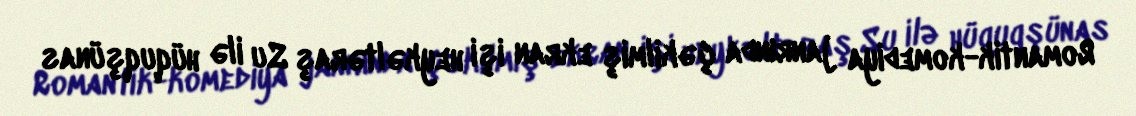
Romantik-komediya janrında çəkilmiş ekran işi heykəltəraş Su ilə hüquqşünas